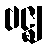
ဗဇ္ဈ